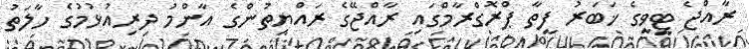
ރާއްޖެ ޓީވީގެ ޚަބަރު ފީތާ ޕްރޮގްރާމްގައި ރާއްޖޭގެ ރައްޔިތުންގެ އާންމު ދިރިއުޅުމުގެ ހާލަތު